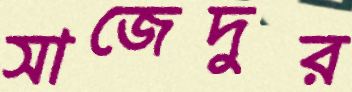
সাজেদুর